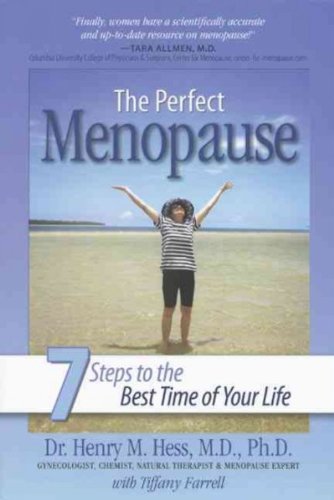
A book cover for The Perfect Menopause: 7 Steps to the Best Time of Your Life [ THE PERFECT MENOPAUSE: 7 STEPS TO THE BEST TIME OF YOUR LIFE ] by Hess, Henry M. ( Author ) May-01-2008 Paperback; Henry M. Hess; Health, Fitness & Dieting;